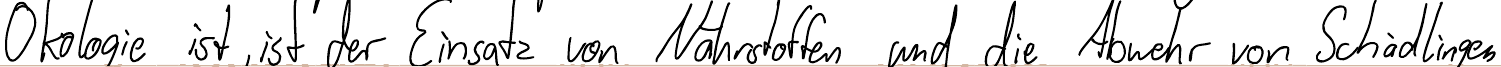
Ökologie ist, ist der Einsatz von Nährstoffen und die Abwehr von Schädlingen